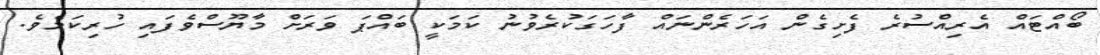
ބޯއްޓައް އެރިއްސުރެ ފެށިގެން އަހަރެންނައް ފާހަގަކުރެވުނު ކަމަކީ ބައްޕަ ވަރަށް މާޔޫސްވެފައި ހުރިކަމެވެ.